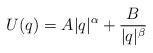
LaTeX: \begin{align*} U(q)=A |q|^\alpha + \frac{B}{|q|^\beta}\end{align*}